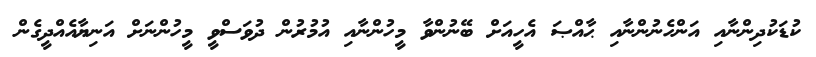
ކުޑަކުދިންނާއި އަންހެނުންނާއި ޙާއްޞަ އެހީއަށް ބޭނުންވާ މީހުންނާއި އުމުރުން ދުވަސްވީ މީހުންނަށް އަނިޔާއެއްދީގެން